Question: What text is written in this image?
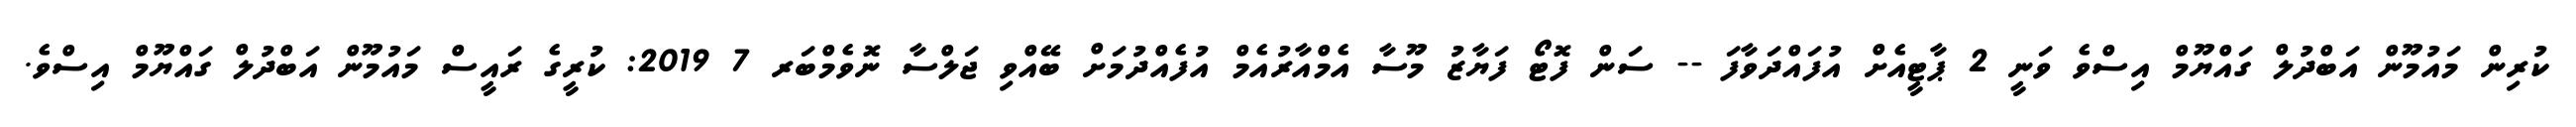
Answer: ކުރިން މައުމޫން އަބްދުލް ގައްޔޫމް އިސްވެ ވަނީ 2 ޕާޓީއެށް އުފައްދަވާފަ -- ސަން ފޮޓޯ ފަޔާޒު މޫސާ އެމްއާރުއެމް އުފެއްދުމަށް ބޭއްވި ޖަލްސާ ނޮވެމްބަރ 7 2019: ކުރީގެ ރައީސް މައުމޫން އަބްދުލް ގައްޔޫމް އިސްވެ.